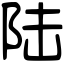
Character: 陆